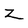
Character: Z